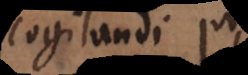
cogitandi, vel